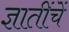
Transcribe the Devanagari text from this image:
ज्ञातींचें